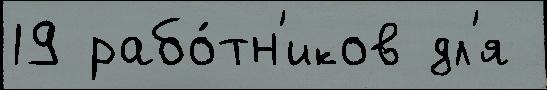
19 рабо́тн'иков дл'я